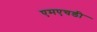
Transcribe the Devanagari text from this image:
एमएचडी